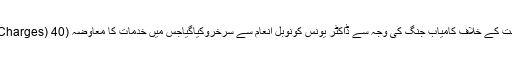
بنگلہ دیش کے گرامین بینک کی غربت کے خلاف کامیاب جنگ کی وجہ سے ڈاکٹر یونس کونوبل انعام سے سرخروکیاگیاجس میں خدمات کا معاوضہ (Service Charges) 40فیصد وصول کیا جاتاہے۔